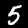
Digit: 5